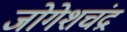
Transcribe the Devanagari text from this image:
जोगेशचंद्र